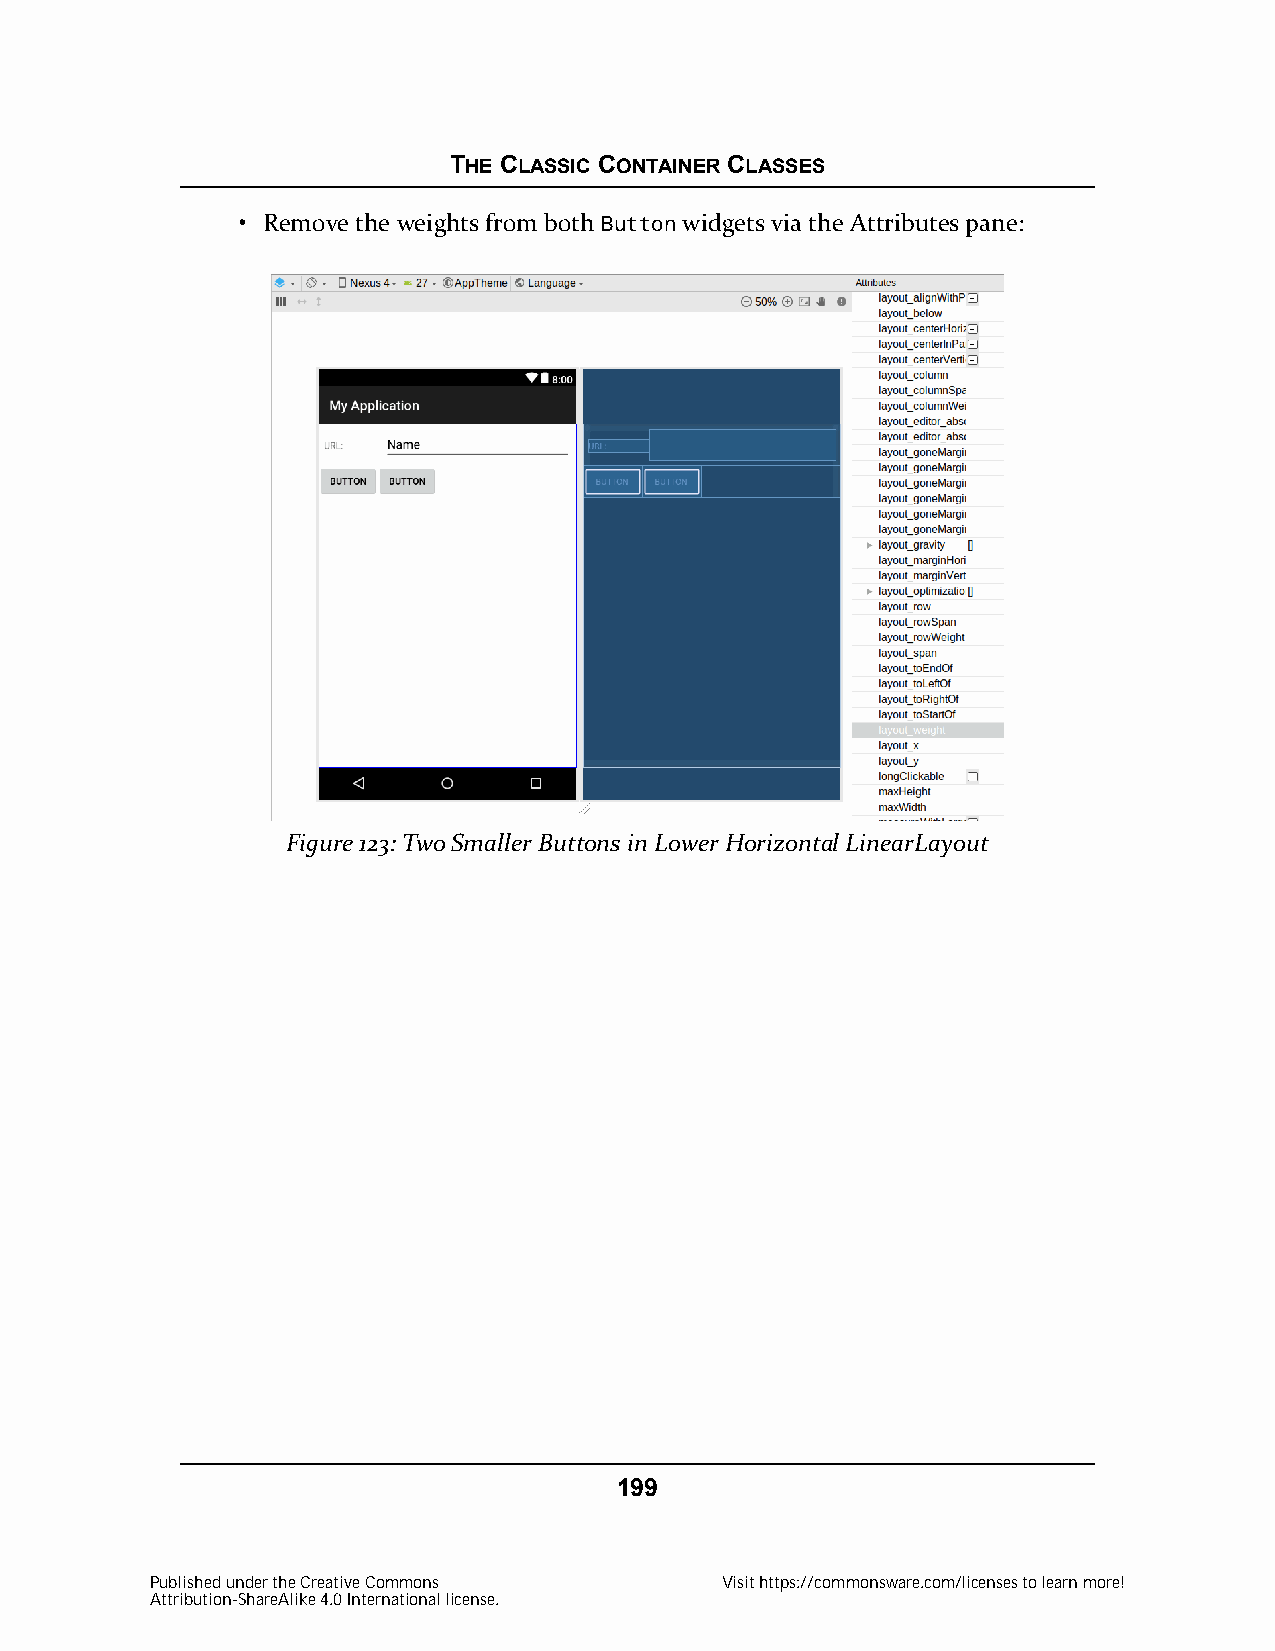
THE CLASSIC CONTAINER CLASSES
 • Remove the weights from both Button widgets via the Attributes pane:
 Figure 123: Two Smaller Buttons in Lower Horizontal LinearLayout
 199
 Published under the Creative Commons  Visit https://commonsware.com/licenses to learn more!
 Attribution-ShareAlike 4.0 International license.